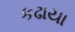
કઢાયા